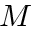
M